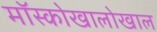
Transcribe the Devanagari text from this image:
मॉस्कोखालोखाल